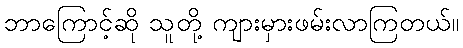
ဘာကြောင့်ဆို သူတို့ ကျားမှားဖမ်းလာကြတယ်။